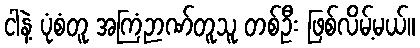
ငါနဲ့ ပုံစံတူ အကြံဉာဏ်တူသူ တစ်ဦး ဖြစ်လိမ့်မယ်။